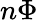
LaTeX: n\Phi